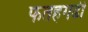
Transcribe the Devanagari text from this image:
फतहगढी